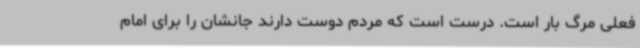
فعلی مرگ بار است. درست است که مردم دوست دارند جانشان را برای امام